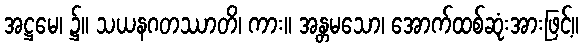
အဋ္ဌမေ၊ ၌။ သယနဂတဿာတိ၊ ကား။ အန္တမသော၊ အောက်ထစ်ဆုံးအားဖြင့်။